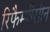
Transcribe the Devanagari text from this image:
रिफैम्पीसीन